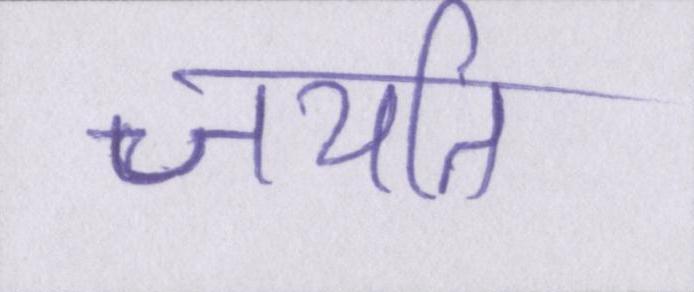
जयति